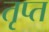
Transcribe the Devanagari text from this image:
तृप्‍त